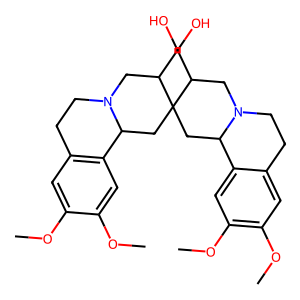
SMILES: COc1cc2c(cc1OC)C1CC3(CC4c5cc(OC)c(OC)cc5CCN4CC3CO)C(CO)CN1CC2
Inhibits HIV replication: No